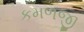
કમળજી